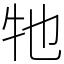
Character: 牠